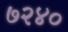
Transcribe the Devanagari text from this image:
७२४०